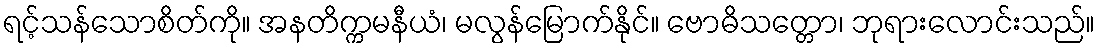
ရင့်သန်သောစိတ်ကို။ အနတိက္ကမနီယံ၊ မလွန်မြောက်နိုင်။ ဗောဓိသတ္တော၊ ဘုရားလောင်းသည်။